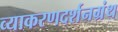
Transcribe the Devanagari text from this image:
व्याकरणदर्शनग्रंथ